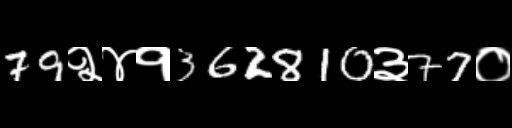
Text: 79२४१362810३77०